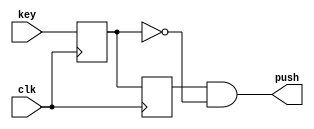
`timescale 1ns / 1ps

//============= PUSH KEY ===================

module push_key
(
    input clk,
    input key,
    output push
);

reg key_sync, key_prev;

always @(posedge clk)
begin
    key_sync <= key;
    key_prev <= key_sync;
end

assign push = key_prev & ~key_sync;

endmodule


//=============== LEDS ==================

module led2seq 
(
    input [2:0] num,
    output [7:0] seq
);

assign seq =    num == 3'h0  ? 8'b00000000 :
                num == 3'h1  ? 8'b10000000 :
                num == 3'h2  ? 8'b11000000 :
                num == 3'h3  ? 8'b11100000 :
                num == 3'h4  ? 8'b11110000 :
                num == 3'h5  ? 8'b11111000 :
					 num == 3'h6  ? 8'b11111100 : 8'b11111110;

endmodule


//============== COUNTER ==================

module task2
(
    input  clk,
    input  key1, 
    input  key2, 
    input  key3,
    output [7:0] seq
);

//=============== ADD LOGIC ================

//Key push logic
wire key_push1;
wire key_push2;
wire key_push3;

//Counter
reg [2:0] counterm;

//============ INCLUDE MODULES ================

//Buttons
push_key push_key_in1(
    .clk(clk),
    .key(key1),
    .push(key_push1)
);

push_key push_key_in2(
    .clk(clk),
    .key(key2),
    .push(key_push2)
);

push_key push_key_in3(
    .clk(clk),
    .key(key3),
    .push(key_push3)
);

//LEDs
led2seq led2seq_in(
    .num(counterm),
    .seq(seq)
);

//============== MAIN TASK =================

always @(posedge clk)
begin

if (key_push1) counterm <= 3'h0;
else if (key_push2 & key1) counterm <= counterm + 3'h2;
else if (key_push3 & key1) counterm <= counterm - 3'h2;

end

endmodule